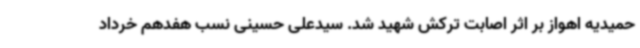
حمیدیه اهواز بر اثر اصابت ترکش شهید شد. سیدعلی حسینی نسب هفدهم خرداد